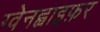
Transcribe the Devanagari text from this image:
ग्वेनह्वाइफ़र